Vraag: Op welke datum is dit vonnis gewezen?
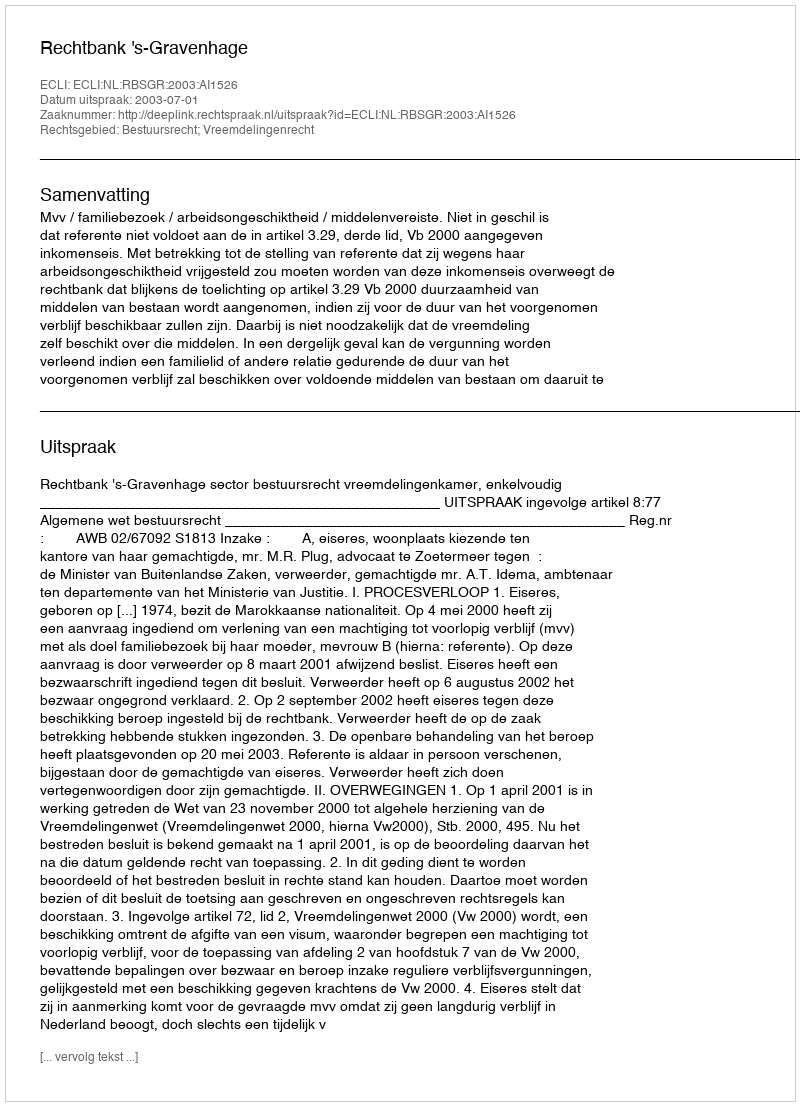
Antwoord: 2003-07-01